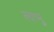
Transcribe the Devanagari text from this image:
लाभु